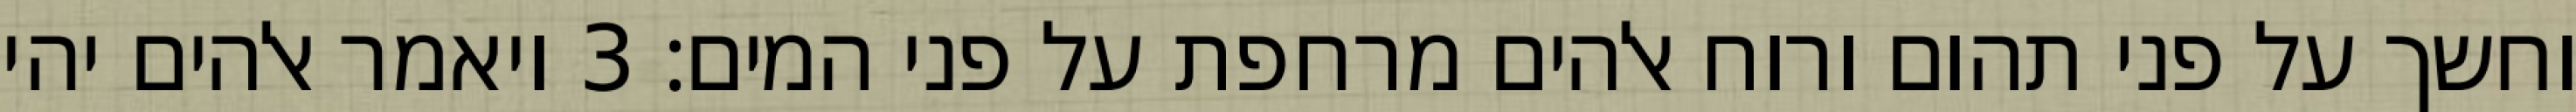
וחשך על פני תהום ורוח אלהים מרחפת על פני המים׃ ‎3‏ ויאמר אלהים יהי